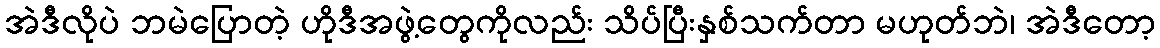
အဲဒီလိုပဲ ဘမဲပြောတဲ့ ဟိုဒီအဖွဲ့တွေကိုလည်း သိပ်ပြီးနှစ်သက်တာ မဟုတ်ဘဲ၊ အဲဒီတော့